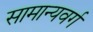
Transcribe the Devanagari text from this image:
सामान्यवर्ग